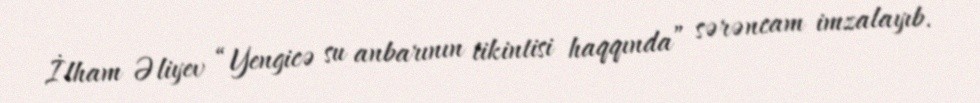
İlham Əliyev “Yengicə su anbarının tikintisi haqqında” sərəncam imzalayıb.